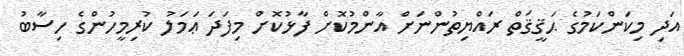
އަދި މިކަންކަމުގެ ޙަޤީޤަތް ރައްޔިތުންނަށް އާންމުކޮށް ފާޅުކޮށް މިފަދަ ޢަމަލު ކުރިމީހުންގެ ހިސާބު